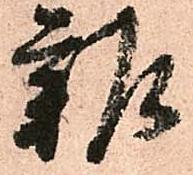
雑